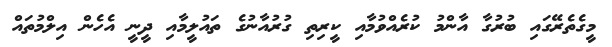
މީގެތެރޭގައި ބުރުގާ އާންމު ކުރެއްވުމާއި ކީރިތި ގުރުއާނުގެ ތައުލީމާއި ދީނީ އެހެން އިލްމުތައް